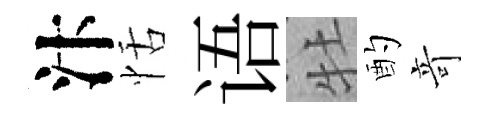
汴恬语牡酌竒